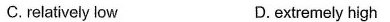
C.relatively low D.extremely high